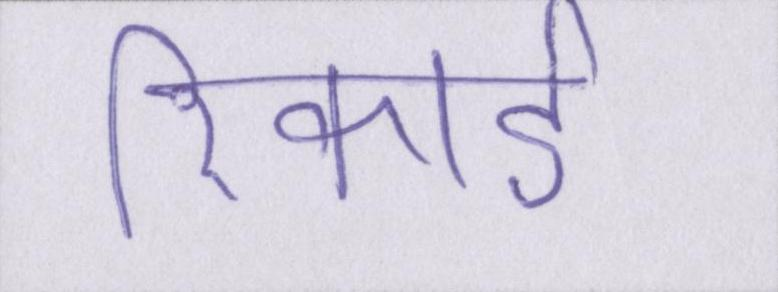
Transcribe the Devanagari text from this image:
रिकार्ड